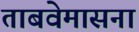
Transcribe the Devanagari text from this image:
ताबवेमासना